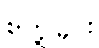
စာပို့ခြင်း